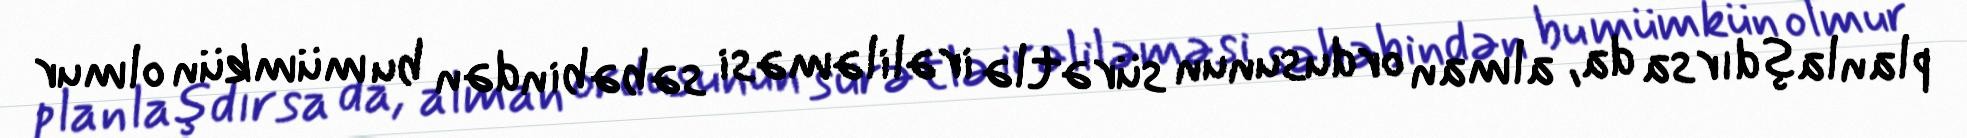
planlaşdırsa da, alman ordusunun sürətlə irəliləməsi səbəbindən bu mümkün olmur